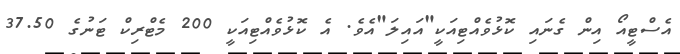
އެސްޓީއޯ އިން ގެނައި ކޮޅުވެއްޓިއަކީ"އައިލަ"އެވެ. އެ ކޮޅުވެއްޓިއަކީ 200 މެޓްރިކް ޓަނުގެ 37.50